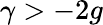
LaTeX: \gamma>-2g